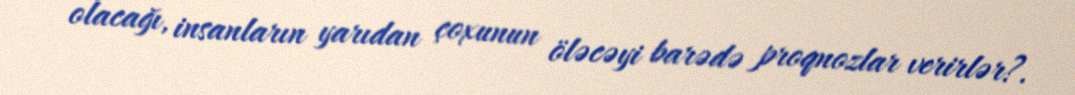
olacağı, insanların yarıdan çoxunun öləcəyi barədə proqnozlar verirlər?.